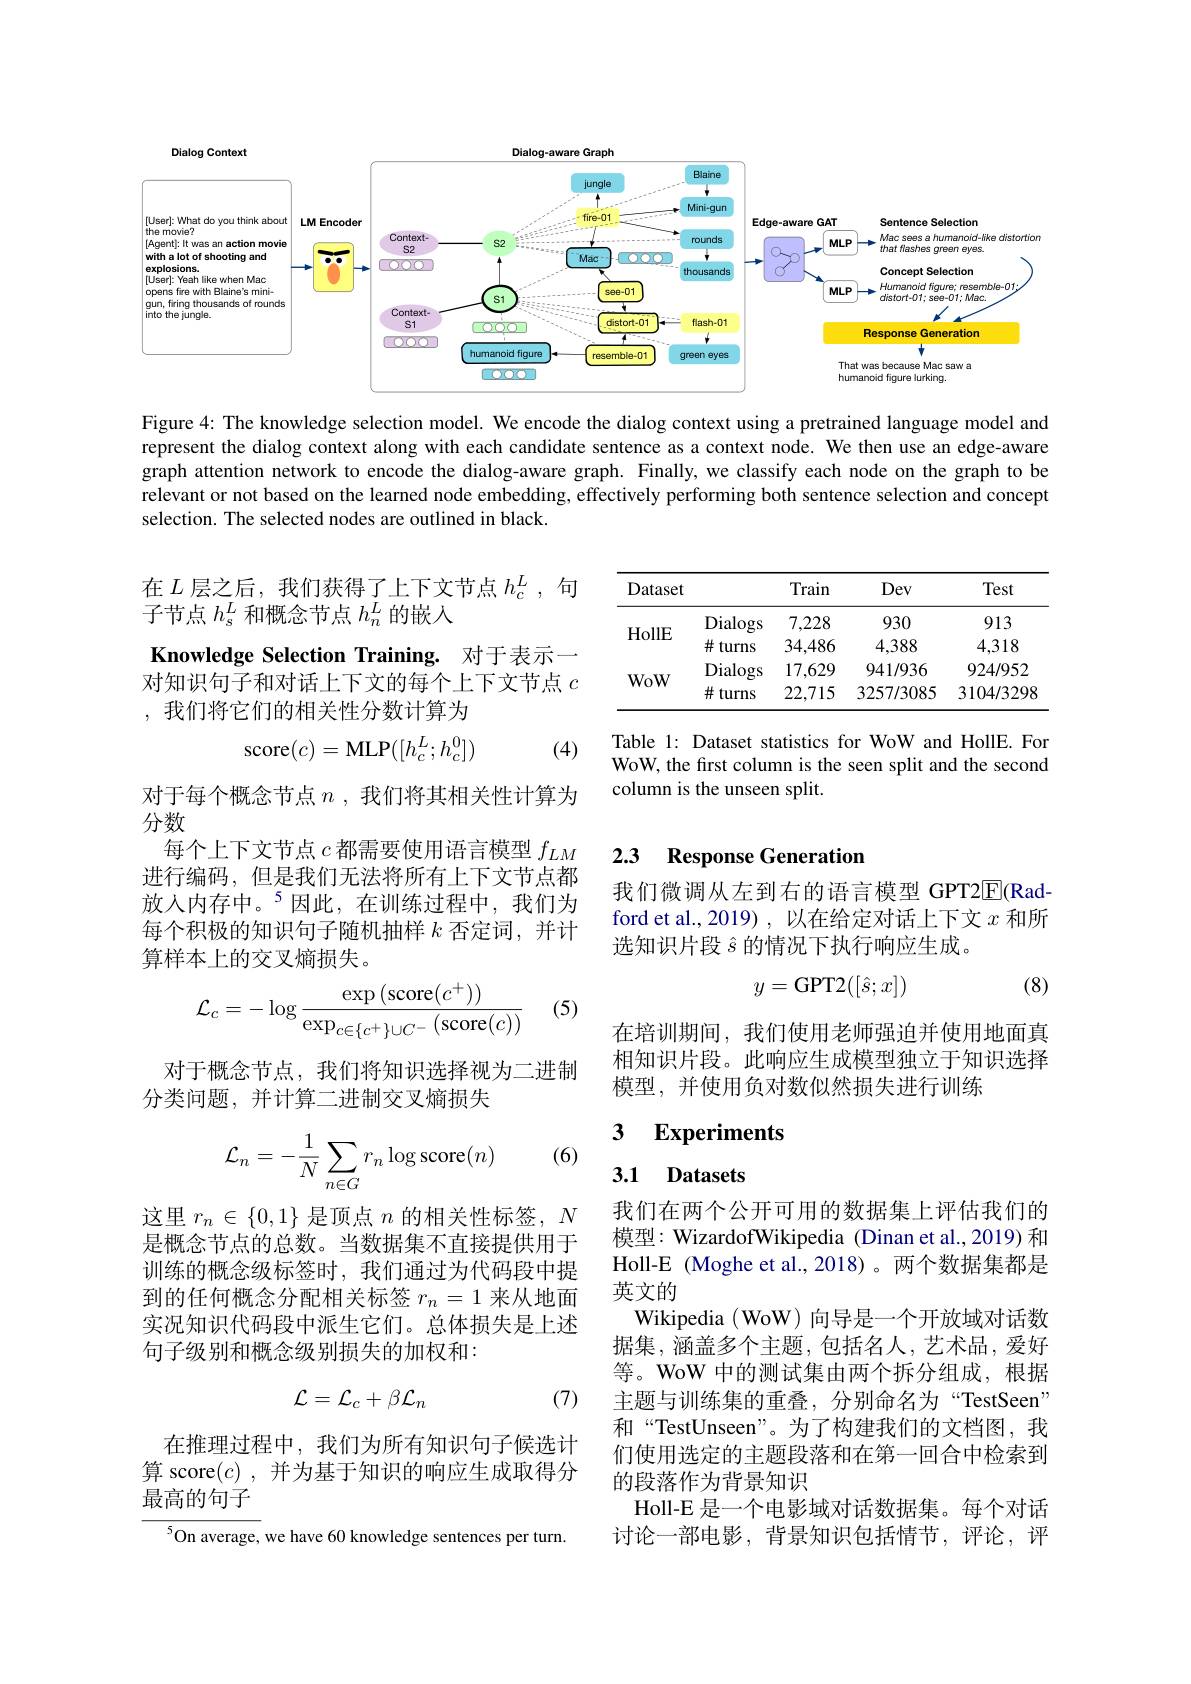
<FigureHere>

Figure 4: The knowledge selection model. We encode the dialog context using a pretrained language model and represent the dialog context along with each candidate sentence as a context node. We then use an edge-aware graph attention network to encode the dialog-aware graph. Finally, we classify each node on the graph to be relevant or not based on the learned node embedding, effectively performing both sentence selection and concept selection. The selected nodes are outlined in black.

在$L$层之后，我们获得了上下文节点 $h_c^L$, 句
子节点$h_s^L$和概念节点$h_n^L$的嵌入

<table>
	<tbody>
		<tr>
			<th>Dataset</th>
			<th> </th>
			<th>Train</th>
			<th>Dev</th>
			<th>Test</th>
		</tr>
		<tr>
			<td rowspan="2">HollE</td>
			<td>Dialogs</td>
			<td>7,228</td>
			<td>930</td>
			<td>913</td>
		</tr>
		<tr>
			<td>$\#$turns</td>
			<td>34,486</td>
			<td>4,388</td>
			<td>4,318</td>
		</tr>
		<tr>
			<td rowspan="2">WoW</td>
			<td>Dialogs</td>
			<td>17,629</td>
			<td>941/936</td>
			<td>924/952</td>
		</tr>
		<tr>
			<td>$\#$turns</td>
			<td>22,715</td>
			<td>3257/3085</td>
			<td>3104/3298</td>
		</tr>
	</tbody>
</table>

Knowledge Selection Training. 对于表示一对知识句子和对话上下文的每个上下文节点$c$ ,我们将它们的相关性分数计算为
$$\mathrm{score}(c)=\mathrm{MLP}([h_c^L;h_c^0])$$
(4)

Table 1: Dataset statistics for WoW and HollE. For WoW, the frst column is the seen split and the second column is the unseen split.

### 2.3 Response Generation

对于每个概念节点$n$ ,我们将其相关性计算为
分数
每个上下文节点$c$都需要使用语言模型$f_{LM}$ 进行编码，但是我们无法将所有上下文节点都放入内存中。$^{5}$因此，在训练过程中，我们为每个积极的知识句子随机抽样$k$否定词，并计算样本上的交叉熵损失。

我们微调从左到右的语言模型 GPT2$\overline{\mathbb{E}}($Radford et al.,2019),以在给定对话上下文$x$和所选知识片段$\hat{s}$的情况下执行响应生成。
$$y=\mathrm{GPT2}([\hat{s};x])$$
(8)

(5)
$$\mathcal{L}_{c}=-\log\frac{\exp\left(\text{score}(c^{+})\right)}{\exp_{c\in\{c^{+}\}\cup C^{-}}\left(\text{score}(c)\right)}$$
在培训期间，我们使用老师强迫并使用地面真相知识片段。此响应生成模型独立于知识选择模型，并使用负对数似然损失进行训练

对于概念节点，我们将知识选择视为二进制
分类问题，并计算二进制交叉熵损失

### 3 Experiments 3.1 Datasets

(6)
$$\begin{aligned}\mathcal{L}_n=-\frac{1}{N}\sum_{n\in G}r_n\log\text{score}(n)\end{aligned}$$
这里$r_n\in\{0,1\}$是顶点$n$的相关性标签，$N$ 是概念节点的总数。当数据集不直接提供用于训练的概念级标签时，我们通过为代码段中提到的任何概念分配相关标签$r_n=1$来从地面实况知识代码段中派生它们。总体损失是上述句子级别和概念级别损失的加权和：

我们在两个公开可用的数据集上评估我们的模型：WizardofWikipedia (Dinan et al.,2019) 和Holl-E (Moghe et al.,2018)。两个数据集都是英文的
Wikipedia ( WoW) 向导是一个开放域对话数据集，涵盖多个主题，包括名人，艺术品，爱好等。WoW 中的测试集由两个拆分组成，根据主题与训练集的重叠，分别命名为“TestSeen” 和“TestUnseen”。为了构建我们的文档图，我们使用选定的主题段落和在第一回合中检索到的段落作为背景知识
Holl-E 是一个电影域对话数据集。每个对话讨论一部电影，背景知识包括情节，评论，评

(7)
$$\mathcal{L}=\mathcal{L}_c+\beta\mathcal{L}_n$$
在推理过程中，我们为所有知识句子候选计算 score$(c)$,并为基于知识的响应生成取得分最高的句子

$^{5}$On average, we have 60 knowledge sentences per turn